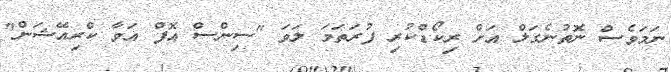
ނަމަވެސް ނޮތުނެގަލް އަށް ރިކޯޑްކުރި ފުރަތަމަ ލަވަ "ސިންސް އޮފް އަވާ ކްރިއޭޝަން"